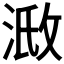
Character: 𣶌